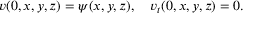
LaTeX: v ( 0 , x , y , z ) = \psi ( x , y , z ) , \quad v _ { t } ( 0 , x , y , z ) = 0 .